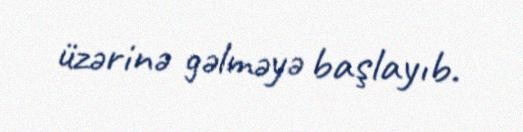
üzərinə gəlməyə başlayıb.